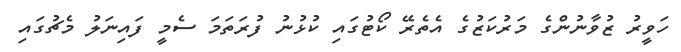
ހަވީރު ޒުވާނުންގެ މަރުކަޒުގެ އެތެރޭ ކޯޓުގައި ކުޅުނު ފުރަތަމަ ސެމީ ފައިނަލު މެޗުގައި